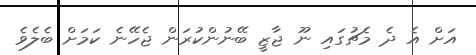
އަށް އެ ދެ މެޗުގައި ނޫ ޖާޒީ ބޭނުންކުރަން ޖެހޭނެ ކަމަށް ބެލެވެ